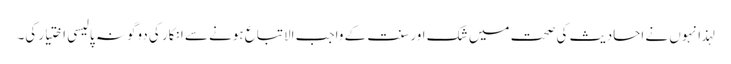
لہذا نہوں نے احادیث کی صحت میں شک اور سنت کے واجب الاتباع ہونے سے انکار کی دوگونہ پالیسی اختیار کی۔